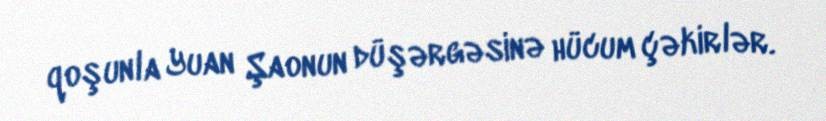
qoşunla Yuan Şaonun düşərgəsinə hücum çəkirlər.